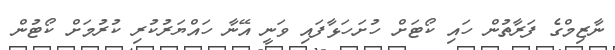
ނާޒިމްގެ ފަރާތުން ހައި ކޯޓަށް ހުށަހަޅާފައި ވަނީ އޭނާ ހައްޔަރުކުރި ކުރުމަށް ކޯޓުން